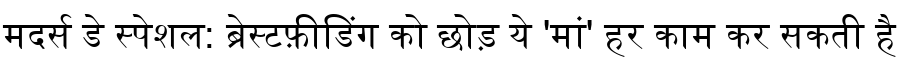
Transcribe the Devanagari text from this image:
मदर्स डे स्पेशल: ब्रेस्टफ़ीडिंग को छोड़ ये 'मां' हर काम कर सकती है